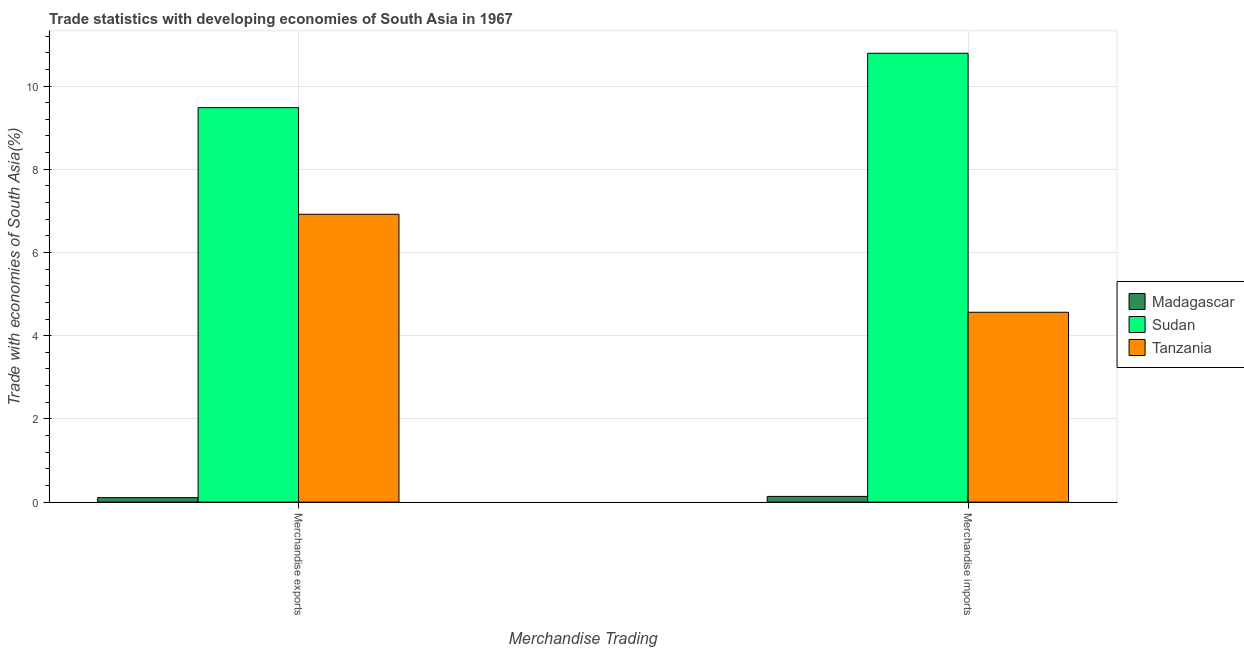
| Merchandise Trading | Madagascar | Sudan | Tanzania |
 | --- | --- | --- | --- |
 | Merchandise exports | 0.107 | 9.48 | 6.92 |
 | Merchandise imports | 0.138 | 10.8 | 4.56 |